Report of the Bombay Veterinary College
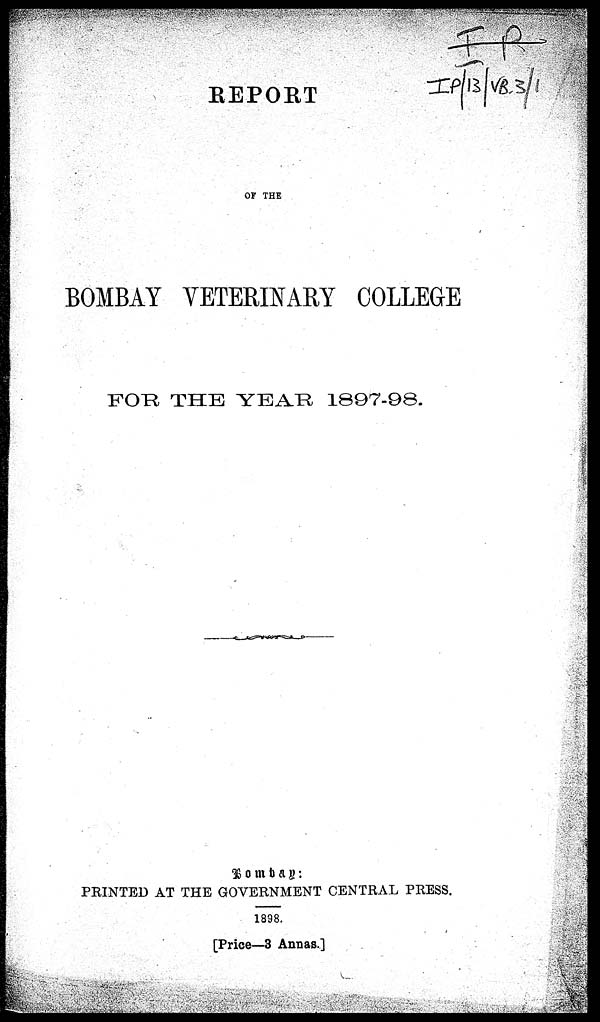
REPORT
OF THE
BOMBAY VETERINARY COLLEGE
FOR THE YEAR 1897-98.
Bombay :
PRINTED AT THE GOVERNMENT CENTRAL PRESS.
1898.
[Price—3 Annas.]